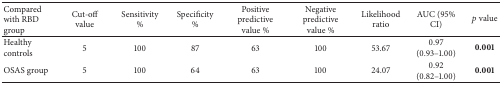
<table><thead><tr><td><b>Compared with RBD group</b></td><td><b>Cut-off value</b></td><td><b>Sensitivity %</b></td><td><b>Specificity %</b></td><td><b>Positive predictive value %</b></td><td><b>Negative predictive value %</b></td><td><b>Likelihood ratio</b></td><td><b>AUC (95% CI)</b></td><td><b><i>p</i> value</b></td></tr></thead><tbody><tr><td>Healthy controls</td><td>5</td><td>100</td><td>87</td><td>63</td><td>100</td><td>53.67</td><td>0.97 (0.93–1.00)</td><td><b>0.001</b></td></tr><tr><td>OSAS group</td><td>5</td><td>100</td><td>64</td><td>63</td><td>100</td><td>24.07</td><td>0.92 (0.82–1.00)</td><td><b>0.001</b></td></tr></tbody></table>